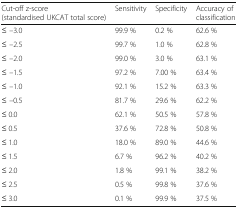
| Cut-off z-score (standardised UKCAT total score) | Sensitivity | Specificity | Accuracy of classification |
 | --- | --- | --- | --- |
 | ≤ –3.0 | 99.9 % | 0.2 % | 62.6 % |
 | ≤ –2.5 | 99.7 % | 1.0 % | 62.8 % |
 | ≤ –2.0 | 99.0 % | 3.0 % | 63.1 % |
 | ≤ –1.5 | 97.2 % | 7.00 % | 63.4 % |
 | ≤ –1.0 | 92.1 % | 15.2 % | 63.3 % |
 | ≤ –0.5 | 81.7 % | 29.6 % | 62.2 % |
 | ≤ 0.0 | 62.1 % | 50.5 % | 57.8 % |
 | ≤ 0.5 | 37.6 % | 72.8 % | 50.8 % |
 | ≤ 1.0 | 18.0 % | 89.0 % | 44.6 % |
 | ≤ 1.5 | 6.7 % | 96.2 % | 40.2 % |
 | ≤ 2.0 | 1.8 % | 99.1 % | 38.2 % |
 | ≤ 2.5 | 0.5 % | 99.8 % | 37.6 % |
 | ≤ 3.0 | 0.1 % | 99.9 % | 37.5 % |